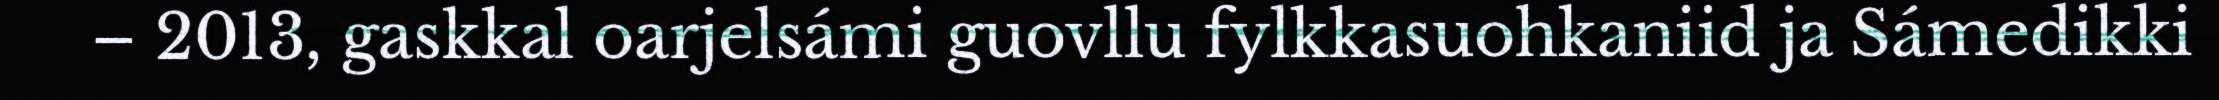
– 2013, gaskkal oarjelsámi guovllu fylkkasuohkaniid ja Sámedikki